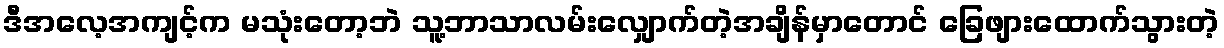
ဒီအလေ့အကျင့်က မသုံးတော့ဘဲ သူ့ဘာသာလမ်းလျှောက်တဲ့အချိန်မှာတောင် ခြေဖျားထောက်သွားတဲ့